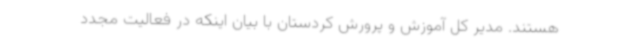
هستند. مدیر کل آموزش و پرورش کردستان با بیان اینکه در فعالیت مجدد